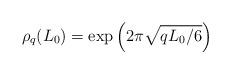
LaTeX: \begin{align*}\rho_q(L_0)=\exp\left(2\pi\sqrt{q L_0/ 6}\right)\end{align*}